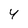
Character: 4